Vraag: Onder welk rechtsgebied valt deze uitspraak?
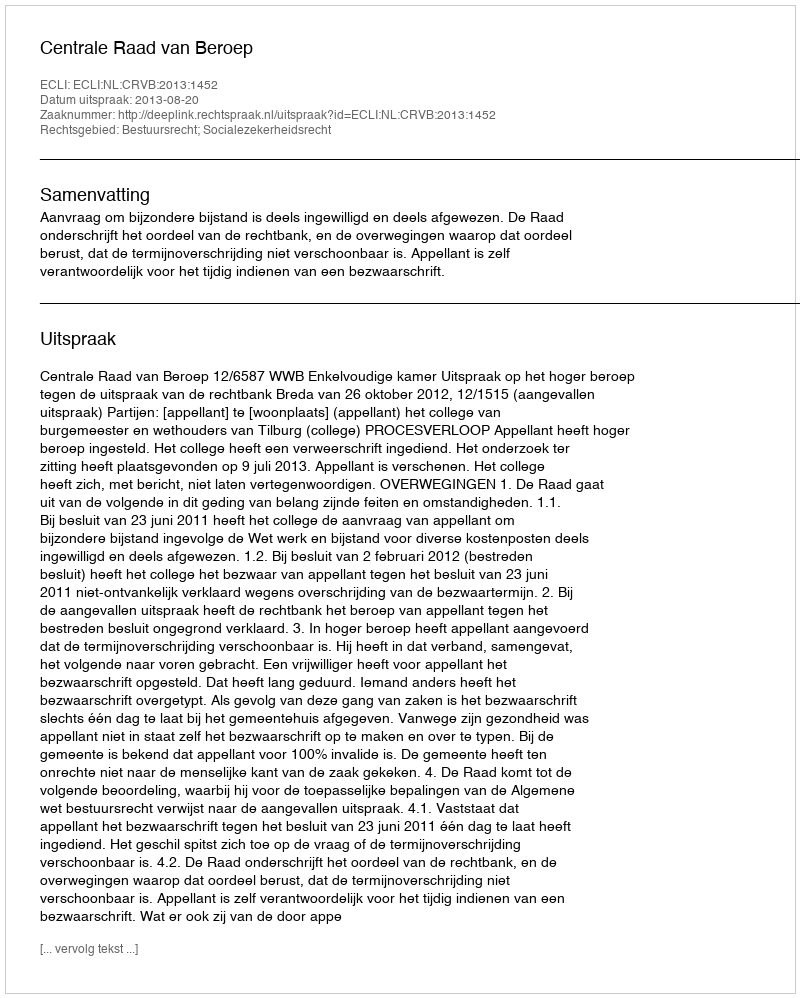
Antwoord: Bestuursrecht; Socialezekerheidsrecht